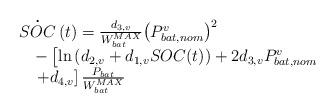
LaTeX: \begin{align*}\begin{array}{l}\overset{\centerdot }{\mathop{SOC}}\,(t)=\frac{{{d}_{3,v}}}{W_{bat}^{MAX}}{{\left( P_{bat,nom}^{v} \right)}^{2}} \\\ \ \ -\left[ \ln \left( {{d}_{2,v}} +{{d}_{1,v}}SOC(t) \right)+2{{d}_{3,v}}P_{bat,nom}^{v} \right. \\\ \ \ \left. +{{d}_{4,v}} \right]\frac{{{P}_{bat}}}{W_{bat}^{MAX}}\end{array}\end{align*}